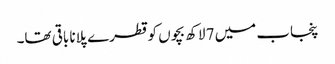
پنجاب میں 7 لاکھ بچوں کو قطرے پلانا باقی تھا۔